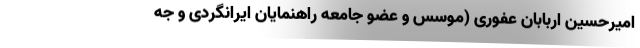
امیرحسین اربابان عفوری (موسس و عضو جامعه راهنمایان ایرانگردی و جه